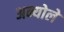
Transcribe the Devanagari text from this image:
अन्योले